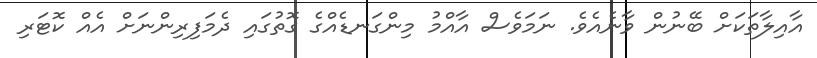
އާއިލާތަކަށް ބޭނުން ވާނެއެވެ. ނަމަވެސް އާއްމު މިންގަނޑެއްގެ ގޮތުގައި ދެމަފިރިންނަށް އެއް ކޮޓަރި